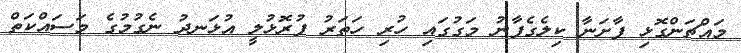
މައްޗަންގޮޅި ފާށަނާ ކިލެގެފާނު މަގުގައި ހުރި ހަތަރު ފުރޮޅުލީ އުޅަނދު ނެގުމުގެ މަސައްކަތް